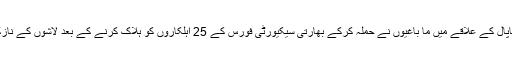
واضح رہے کہ رواں سال اپریل میں برکاپال کے علاقے میں ما باغیوں نے حملہ کرکے بھارتی سیکیورٹی فورس کے 25 اہلکاروں کو ہلاک کرنے کے بعد لاشوں کے نازک اعضا بھی کاٹ کر پھینک دیے تھے۔